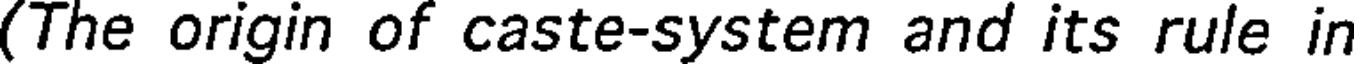
(The origin of caste-system and its rule in